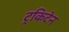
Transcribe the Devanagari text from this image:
ट्रकिटेन